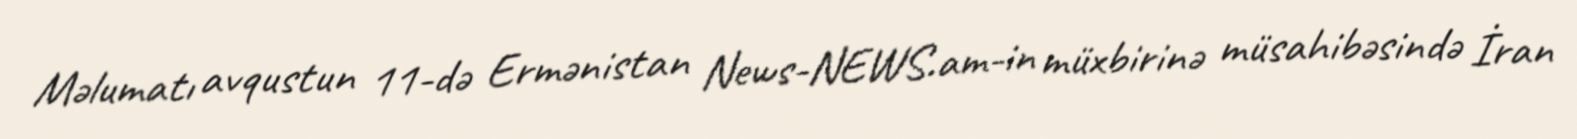
Məlumatı avqustun 11-də Ermənistan News-NEWS.am-in müxbirinə müsahibəsində İran